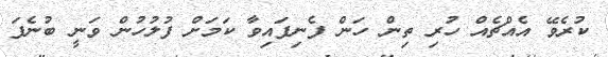
ކުރެވޭ އެއްޗެއް ހުރި ތިން ހަން ފެނިފައިވާ ކަމަށް ފުލުހުން ވަނީ ބުނެފަ